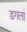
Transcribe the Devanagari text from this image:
डगलां